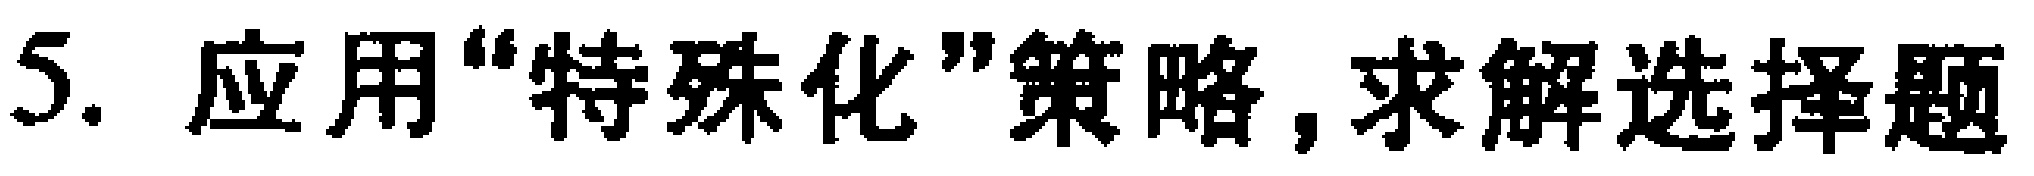
5. 应用“特殊化”策略, 求解选择题